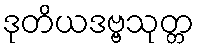
ဒုတိယဒဗ္ဗသုတ္တ